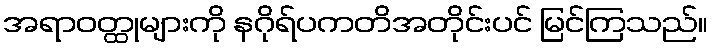
အရာဝတ္ထုများကို နဂိုရ်ပကတိအတိုင်းပင် မြင်ကြသည်။